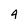
Character: 4